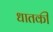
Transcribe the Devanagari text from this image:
धातकी